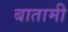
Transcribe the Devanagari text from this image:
बातामी